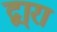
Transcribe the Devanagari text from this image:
द्वा्रा